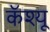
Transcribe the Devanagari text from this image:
कॅश्यू